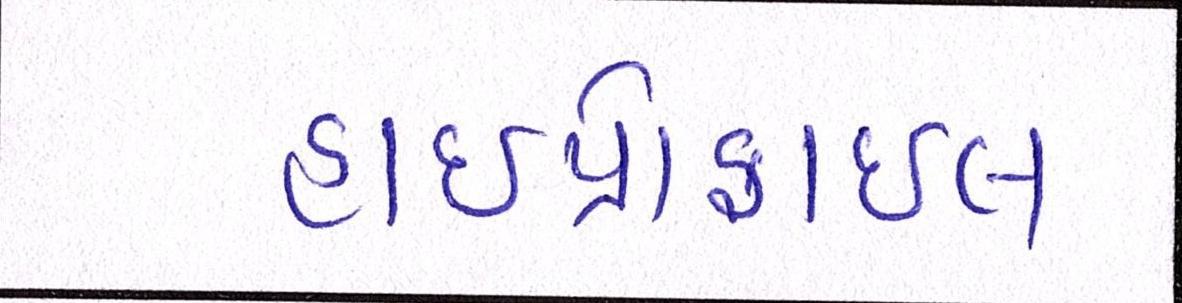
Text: હાઇપ્રોફાઇલ